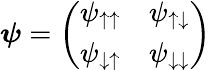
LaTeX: {\boldsymbol{\psi}}={\left(\begin{array}{ll}{\psi_{\uparrow\uparrow}}&{\psi_{\uparrow\downarrow}}\\ {\psi_{\downarrow\uparrow}}&{\psi_{\downarrow\downarrow}}\end{array}\right)}